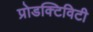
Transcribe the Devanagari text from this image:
प्रोडक्टिविटी